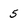
Character: 5